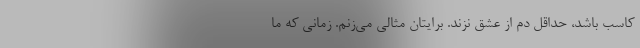
کاسب باشد، حداقل دم از عشق نزند. برایتان مثالی می‌زنم. زمانی که ما